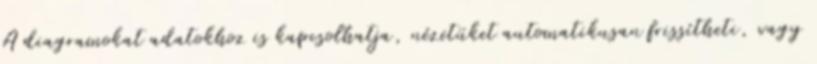
A diagramokat adatokhoz is kapcsolhatja, nézetüket automatikusan frissítheti, vagy